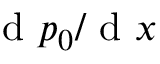
\mathrm { ~ d ~ } p _ { 0 } / \mathrm { ~ d ~ } x